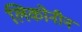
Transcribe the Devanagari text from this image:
लिकोनीन